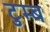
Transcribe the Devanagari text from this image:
टुम्ब